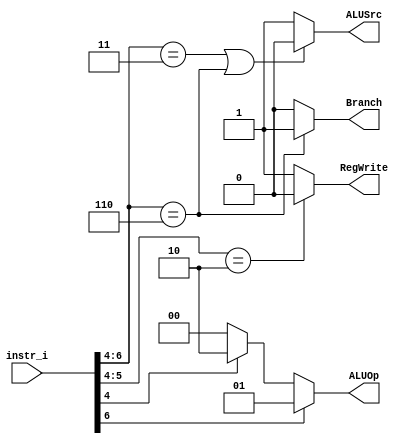
`timescale 1ns/1ps

module Decoder(
	input	[32-1:0] 	instr_i,
	output wire			ALUSrc,
	output wire			RegWrite,
	output wire			Branch,
	output wire [2-1:0]	ALUOp
	);
	
//Internal Signals
wire	[7-1:0]		opcode;
wire 	[3-1:0]		funct3;
wire	[3-1:0]		Instr_field;
wire	[9-1:0]		Ctrl_o;

assign opcode = instr_i[6:0];
assign funct3 = instr_i[14:12];
assign ALUSrc = (opcode[6:4]==3'b011 || opcode[6:4]==3'b110)? 0:1;
assign RegWrite = (opcode[5:4]==2'b10)? 0:1;
assign Branch = (opcode[6:4]==3'b110)? 1:0;
assign ALUOp = (opcode[6]==1'b1)? 2'b01 : (opcode[4]==1'b1)? 2'b10:2'b00; 

endmodule